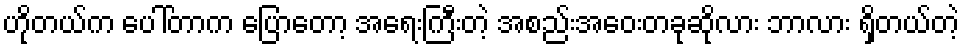
ဟိုတယ်က ပေါ်တာက ပြောတော့ အရေးကြီးတဲ့ အစည်းအဝေးတခုဆိုလား ဘာလား ရှိတယ်တဲ့